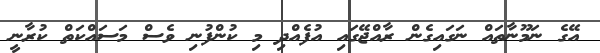
އޭގެ ނަމޫނާތައް ނަގައިގެން ރާއްޖޭގައި އުފެއްދި މި ކުންފުނި ވެސް މަސައްކަތް ކުރާނީ